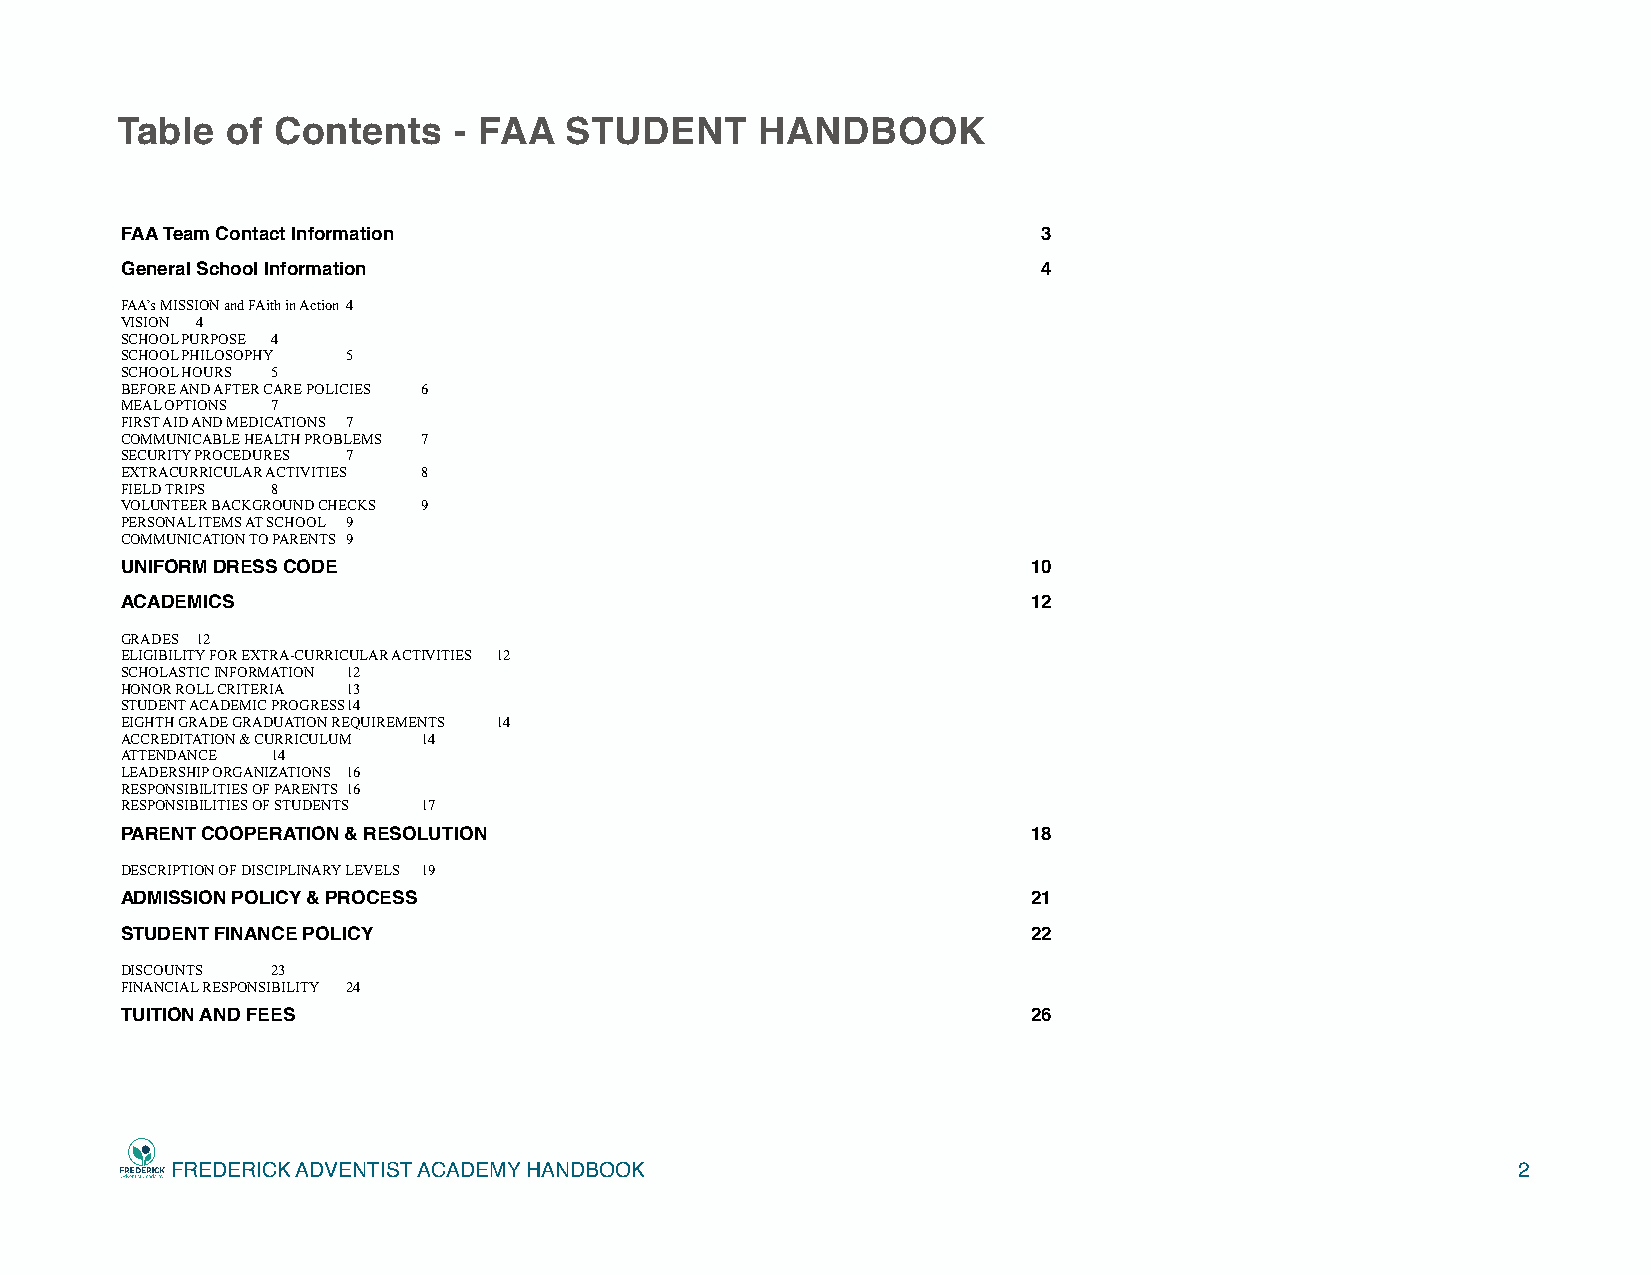
Table  of Contents    - FAA  STUDENT      HANDBOOK
 FAA Team Contact Information                                 3
 General School Information                                   4
 FAA’s MISSION and FAith in Action 4
 VISION 4
 SCHOOL PURPOSE 4
 SCHOOL PHILOSOPHY 5
 SCHOOL HOURS 5
 BEFORE AND AFTER CARE POLICIES 6
 MEAL OPTIONS 7
 FIRST AID AND MEDICATIONS 7
 COMMUNICABLE HEALTH PROBLEMS 7
 SECURITY PROCEDURES 7
 EXTRACURRICULAR ACTIVITIES 8
 FIELD TRIPS 8
 VOLUNTEER BACKGROUND CHECKS 9
 PERSONAL ITEMS AT SCHOOL 9
 COMMUNICATION TO PARENTS 9
 UNIFORM DRESS CODE                                          10
 ACADEMICS                                                   12
 GRADES 12
 ELIGIBILITY FOR EXTRA-CURRICULAR ACTIVITIES 12
 SCHOLASTIC INFORMATION 12
 HONOR ROLL CRITERIA 13
 STUDENT ACADEMIC PROGRESS 14
 EIGHTH GRADE GRADUATION REQUIREMENTS 14
 ACCREDITATION & CURRICULUM 14
 ATTENDANCE 14
 LEADERSHIP ORGANIZATIONS 16
 RESPONSIBILITIES OF PARENTS 16
 RESPONSIBILITIES OF STUDENTS 17
 PARENT COOPERATION & RESOLUTION                             18
 DESCRIPTION OF DISCIPLINARY LEVELS 19
 ADMISSION POLICY & PROCESS                                  21
 STUDENT FINANCE POLICY                                      22
 DISCOUNTS 23
 FINANCIAL RESPONSIBILITY 24
 TUITION AND FEES                                            26
 FREDERICK ADVENTIST ACADEMY HANDBOOK                                                     2